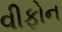
વીફોન